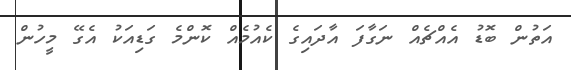
އަތުން ބޮޑު އެއްޗެއް ނަގާފަ އާދައިގެ ކެއުމެއް ކޮންމެ ގަޑިއަކު އެގޭ މީހުން